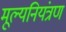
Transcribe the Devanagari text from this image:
मूल्यनियंत्रण